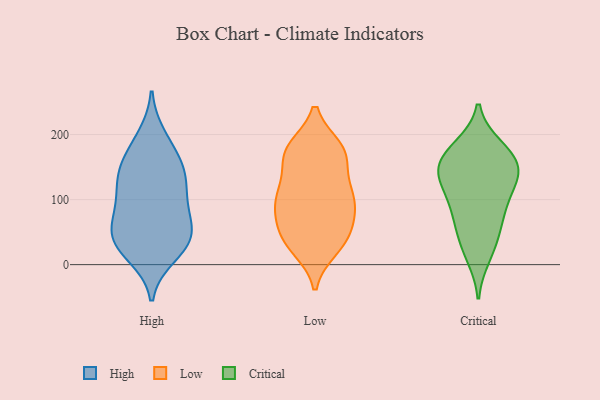
{"axis": {"x": "Customer Acquisition Cost (USD)", "y": "Value"}, "legend": ["Critical", "High", "Low"], "data": [{"x": "", "y": 103, "type": "High"}, {"x": "", "y": 140, "type": "High"}, {"x": "", "y": 28, "type": "High"}, {"x": "", "y": 15, "type": "High"}, {"x": "", "y": 96, "type": "High"}, {"x": "", "y": 179, "type": "High"}, {"x": "", "y": 196, "type": "High"}, {"x": "", "y": 151, "type": "High"}, {"x": "", "y": 55, "type": "High"}, {"x": "", "y": 136, "type": "High"}, {"x": "", "y": 140, "type": "High"}, {"x": "", "y": 41, "type": "High"}, {"x": "", "y": 43, "type": "High"}, {"x": "", "y": 60, "type": "High"}, {"x": "", "y": 31, "type": "High"}, {"x": "", "y": 89, "type": "High"}, {"x": "", "y": 45, "type": "Low"}, {"x": "", "y": 179, "type": "Low"}, {"x": "", "y": 90, "type": "Low"}, {"x": "", "y": 88, "type": "Low"}, {"x": "", "y": 174, "type": "Low"}, {"x": "", "y": 168, "type": "Low"}, {"x": "", "y": 42, "type": "Low"}, {"x": "", "y": 63, "type": "Low"}, {"x": "", "y": 28, "type": "Low"}, {"x": "", "y": 25, "type": "Low"}, {"x": "", "y": 177, "type": "Low"}, {"x": "", "y": 36, "type": "Low"}, {"x": "", "y": 114, "type": "Low"}, {"x": "", "y": 120, "type": "Low"}, {"x": "", "y": 103, "type": "Low"}, {"x": "", "y": 119, "type": "Low"}, {"x": "", "y": 178, "type": "Low"}, {"x": "", "y": 73, "type": "Low"}, {"x": "", "y": 94, "type": "Low"}, {"x": "", "y": 161, "type": "Low"}, {"x": "", "y": 148, "type": "Critical"}, {"x": "", "y": 27, "type": "Critical"}, {"x": "", "y": 173, "type": "Critical"}, {"x": "", "y": 137, "type": "Critical"}, {"x": "", "y": 73, "type": "Critical"}, {"x": "", "y": 123, "type": "Critical"}, {"x": "", "y": 181, "type": "Critical"}, {"x": "", "y": 149, "type": "Critical"}, {"x": "", "y": 51, "type": "Critical"}, {"x": "", "y": 177, "type": "Critical"}, {"x": "", "y": 105, "type": "Critical"}, {"x": "", "y": 13, "type": "Critical"}, {"x": "", "y": 70, "type": "Critical"}, {"x": "", "y": 153, "type": "Critical"}, {"x": "", "y": 99, "type": "Critical"}, {"x": "", "y": 140, "type": "Critical"}]}